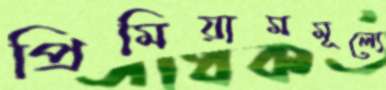
প্রিমিয়ামমূল্যে